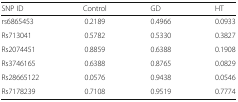
<table><thead><tr><td><b>SNP ID</b></td><td><b>Control</b></td><td><b>GD</b></td><td><b>HT</b></td></tr></thead><tbody><tr><td>rs6865453</td><td>0.2189</td><td>0.4966</td><td>0.0933</td></tr><tr><td>Rs713041</td><td>0.5782</td><td>0.5330</td><td>0.3827</td></tr><tr><td>Rs2074451</td><td>0.8859</td><td>0.6388</td><td>0.1908</td></tr><tr><td>Rs3746165</td><td>0.6388</td><td>0.8765</td><td>0.0829</td></tr><tr><td>Rs28665122</td><td>0.0576</td><td>0.9438</td><td>0.0546</td></tr><tr><td>Rs7178239</td><td>0.7108</td><td>0.9519</td><td>0.7774</td></tr></tbody></table>